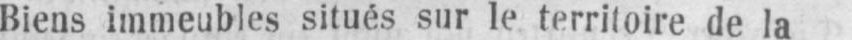
Biens immeubles situés sur le territoire de la